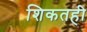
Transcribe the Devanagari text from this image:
शिकतही